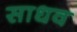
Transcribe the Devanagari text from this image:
साधव